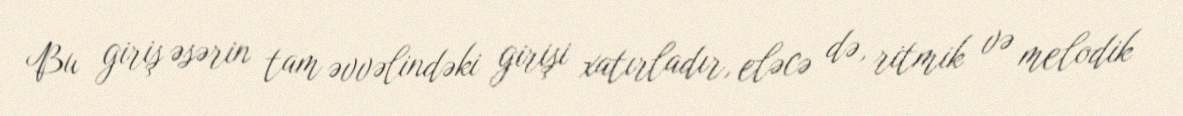
Bu giriş əsərin tam əvvəlindəki girişi xatırladır, eləcə də, ritmik və melodik